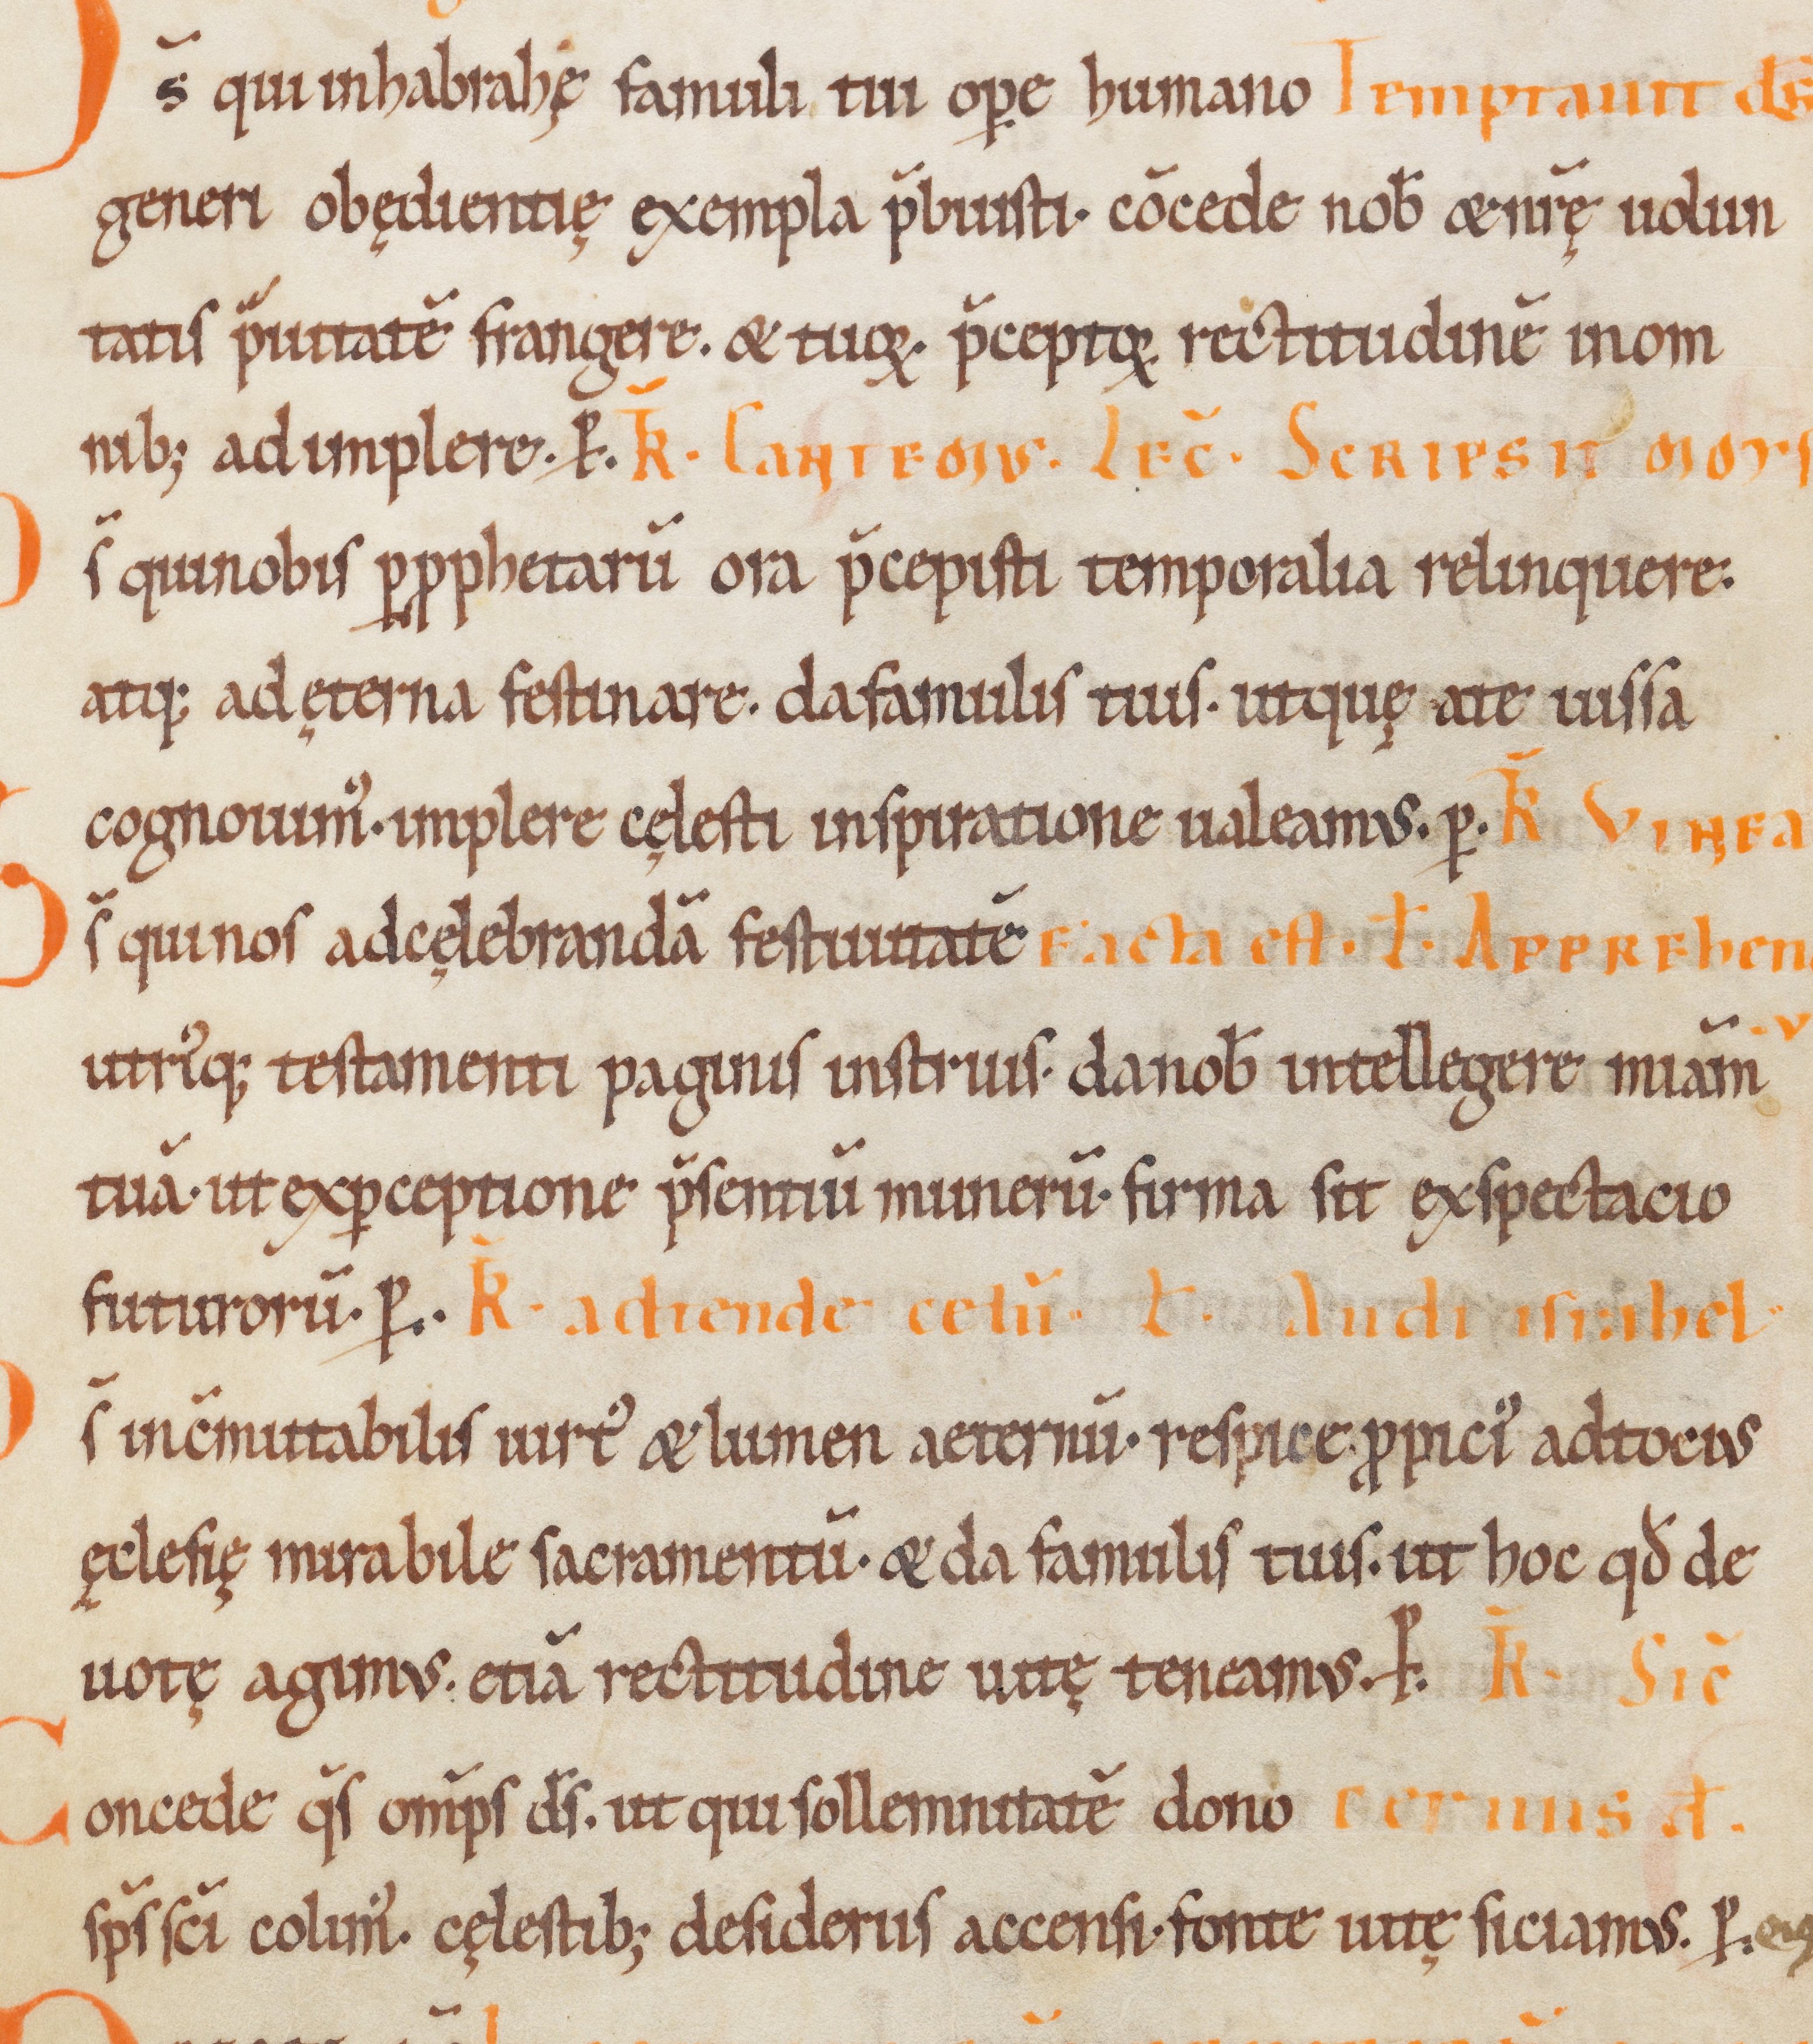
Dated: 1100–1199